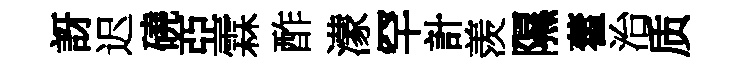
訝迟磽亞霖酢濛罕計羡隰藿治质